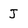
Character: J